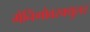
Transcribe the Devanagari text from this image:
मेनिंगोवस्क्युलर